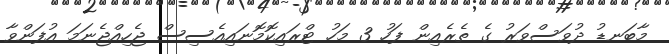
މާބަނޑު ދުވަސްވަރު ގެ ތެރެއިން ފަހު 3 މަހު ޓްރައިކޮމޮނައިއެސިސް ޖެހިއްޖެނަމަ އުފަންވާ